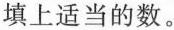
填上适当的数。